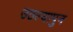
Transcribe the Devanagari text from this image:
उठल्यापुन